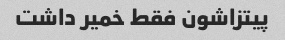
پیتزاشون فقط خمیر داشت